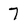
Character: 7